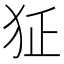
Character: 𤜺